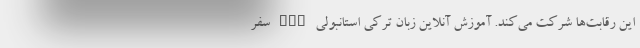
این رقابت‌ها شرکت می‌کند. آموزش آنلاین زبان ترکی استانبولی nan سفر